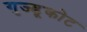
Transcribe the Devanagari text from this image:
गुज्डूकोट